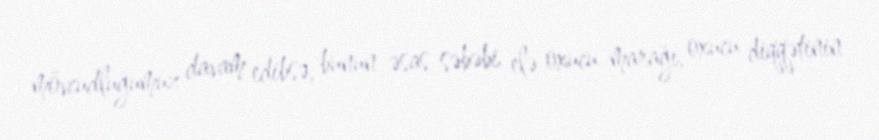
mövcudluğumuz davam edibsə, bunun əsas səbəbi elə oxucu marağı, oxucu diqqətinin